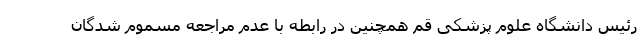
رئیس دانشگاه علوم پزشکی قم همچنین در رابطه با عدم مراجعه مسموم شدگان